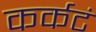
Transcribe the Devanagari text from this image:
कर्कटं